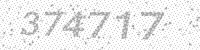
Solution: 374717